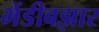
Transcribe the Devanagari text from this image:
भेंडीबझार